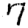
Digit: 7